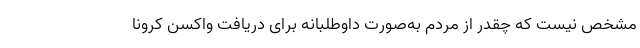
مشخص نیست که چقدر از مردم به‌صورت داوطلبانه برای دریافت واکسن کرونا